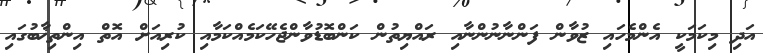
އަދި މިކަމަކީ އެންމެހައި ޒުވާން ފަންނާނުންނާއި ރައްޔިތުން ކަންބޮޑުވާންޖެހޭކަމެއްކަމާއި ކުރިއަށް އޮތް އިންތިޚާބުގައި